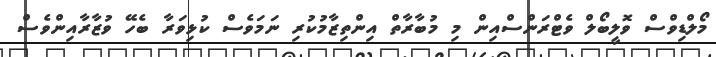
މޯލްޑިވްސް ވޮލީބޯލް ވެޓްރަންސްއިން މި މުބާރާތް އިންތިޒާމުކުރި ނަމަވެސް ކުޅިވަރާ ބެހޭ ވުޒާރާއިންވެސް